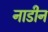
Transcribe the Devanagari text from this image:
नाडीन